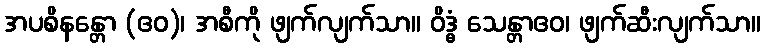
အပစိနန္တော (ဧဝ)၊ အစီကို ဖျက်လျက်သာ။ ဝိဒ္ဓံ သေန္တာဧဝ၊ ဖျက်ဆီးလျက်သာ။